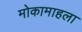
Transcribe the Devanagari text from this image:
मोकामाहला